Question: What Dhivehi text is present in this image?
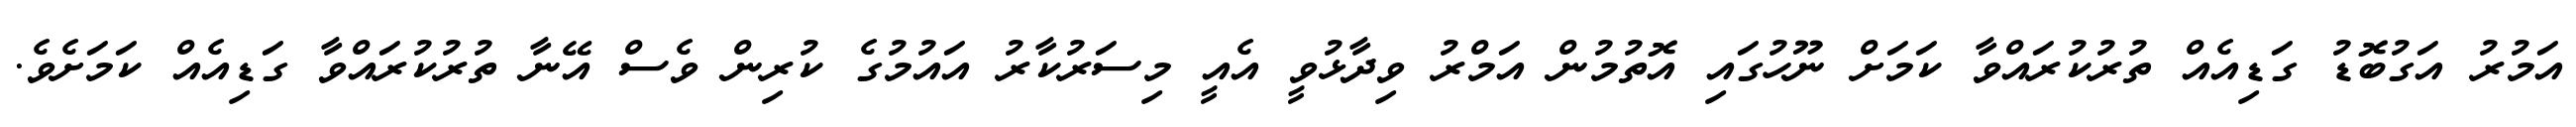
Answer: އަމުރު އަގުބޮޑު ގަޑިއެއް ތުރުކުރައްވާ ކަމަށް ނޫހުގައި އޮތުމުން އަމްރު ވިދާޅުވީ އެއީ މިސަރުކާރު އައުމުގެ ކުރިން ވެސް އޭނާ ތުރުކުރައްވާ ގަޑިއެއް ކަމަށެވެ.